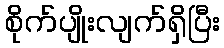
စိုက်ပျိုးလျက်ရှိပြီး